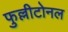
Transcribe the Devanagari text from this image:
फुल्लीटोनल